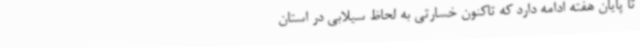
تا پایان هفته ادامه دارد که تاکنون خسارتی به لحاظ سیلابی در استان